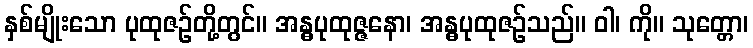
နှစ်မျိုးသော ပုထုဇဉ်တို့တွင်။ အန္ဓပုထုဇ္ဇနော၊ အန္ဓပုထုဇဉ်သည်။ ဝါ၊ ကို။ သုတ္တော၊